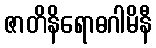
ဇာတိနိရောဓဂါမိနီ